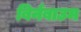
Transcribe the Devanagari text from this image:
बिर्नबाउम